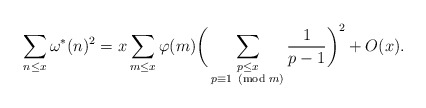
\begin{align*}\sum_{n\le x}\omega^*(n)^2=x\sum_{m\le x}\varphi(m)\bigg(\sum_{\substack{p\le x\\p\equiv 1\!\!\!\pmod{m}}}\frac{1}{p-1}\bigg)^2+O(x).\end{align*}